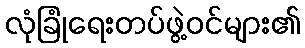
လုံခြုံရေးတပ်ဖွဲ့ဝင်များ၏